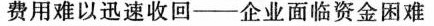
费用难以迅速收回--企业面临资金困难